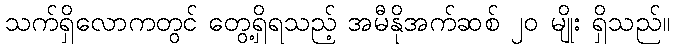
သက်ရှိလောကတွင် တွေ့ရှိရသည့် အမီနိုအက်ဆစ် ၂၀ မျိုး ရှိသည်။